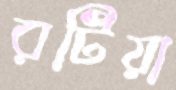
রটিয়া